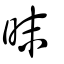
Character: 昩